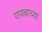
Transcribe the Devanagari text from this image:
रायन्नाच्या